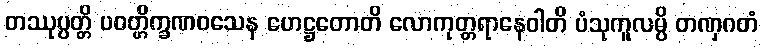
တဿုပ္ပတ္တိ ပဝတ္တိက္ခဏဝသေန ဟေဋ္ဌတောတိ လောကုတ္တရာနေဝါတိ ပံသုကူလမ္ပိ တဏှဂတံ